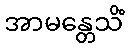
အာမန္တေသိံ